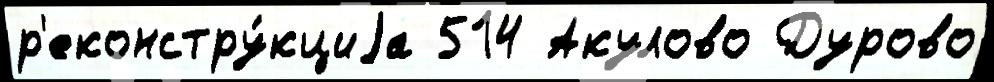
р'еконстру́кциjа 514 Акулово Дурово